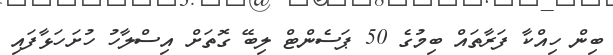
ބިން ހިއްކާ ފަރާތައް ބިމުގެ 50 ޕަސެންޓް ލިބޭ ގޮތަށް އިސްލާހު ހުށަހަޅާފައި